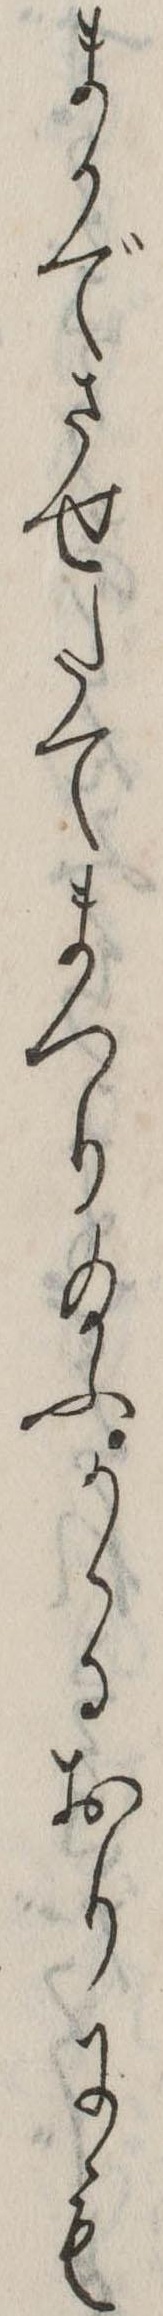
まかでさせたてまつり給ふかゝるおりにも